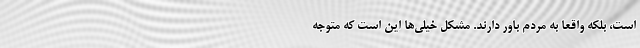
است، بلکه واقعا به مردم باور دارند. مشکل خیلی‌ها این است که متوجه